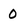
Character: 0